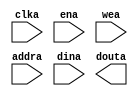
`timescale 1ns / 1ps

module blk_mem_gen_2(clka, ena, wea, addra, dina, douta);
/* synthesis syn_black_box black_box_pad_pin="clka,ena,wea[0:0],addra[14:0],dina[15:0],douta[15:0]" */
  input clka;
  input ena;
  input [0:0]wea;
  input [14:0]addra;
  input [15:0]dina;
  output [15:0]douta;
endmodule